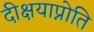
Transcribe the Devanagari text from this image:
दीक्षयाप्नोति